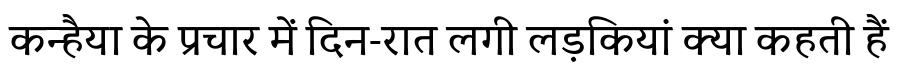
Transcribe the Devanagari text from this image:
कन्हैया के प्रचार में दिन-रात लगी लड़कियां क्या कहती हैं